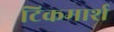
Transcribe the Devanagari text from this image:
टिकमार्श